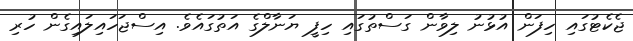
ޖެކެޓުގައި ހިފަން އުޅުނު ލިވާން ގަސްތުގައި ހިފީ ޔަނާލްގެ އަތުގައެވެ. އިސްޖަހައިލައިގެން ހުރި